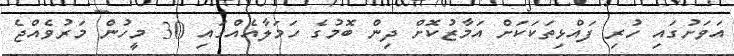
އަވަށުގައި ހުރި ފައްޅިތަކަކަށް އަމާޒުކޮށް ދިން ބޮމުގެ ހަމަލާއެއްގައި 30 މީހުން މަރުވެއްޖެ